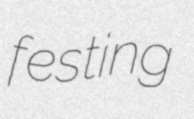
festing